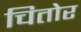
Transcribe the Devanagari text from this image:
चितोर